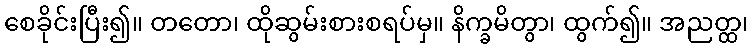
စေခိုင်းပြီး၍။ တတော၊ ထိုဆွမ်းစားစရပ်မှ။ နိက္ခမိတွာ၊ ထွက်၍။ အညတ္ထ၊